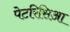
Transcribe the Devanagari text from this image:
पेटरिसिआ